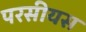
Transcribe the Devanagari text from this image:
परसीयस